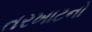
તરખાટનો